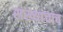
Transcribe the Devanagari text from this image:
संख्यांचाच